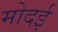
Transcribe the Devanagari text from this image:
मोदई